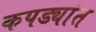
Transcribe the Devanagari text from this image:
कपड्यांत